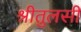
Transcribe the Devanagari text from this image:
श्रीतुलसी